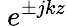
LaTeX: ~e^{\pm jkz}